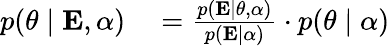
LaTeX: \begin{array}{rl}{p(\mathbf{\theta}\mid\mathbf{E},\mathbf{\alpha})}&{{}={\frac{p(\mathbf{E}\mid\mathbf{\theta},\mathbf{\alpha})}{p(\mathbf{E}\mid\mathbf{\alpha})}}\cdot p(\mathbf{\theta}\mid\mathbf{\alpha})}\end{array}